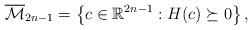
LaTeX: \begin{align*}\overline{\cal M}_{2n-1}=\left\{c\in\mathbb R^{2n-1}: H(c)\succeq0\right\},\end{align*}